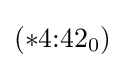
(*4{:}42_{0})